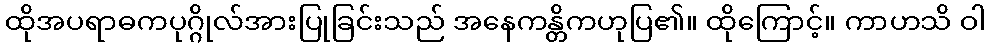
ထိုအပရာဓကပုဂ္ဂိုလ်အားပြုခြင်းသည် အနေကန္တိကဟုပြ၏။ ထိုကြောင့်။ ကာဟသိ ဝါ